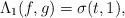
LaTeX: \begin{align*}\Lambda_1(f,g)=\sigma(t,1),\end{align*}